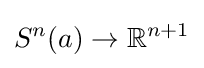
S^{n}(a)\to \mathbb {R} ^{n+1}